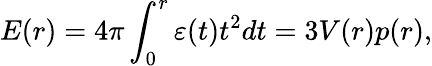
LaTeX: E(r)=4\pi\int_{0}^{r}{\varepsilon(t)t^{2}dt}=3V(r)p(r),